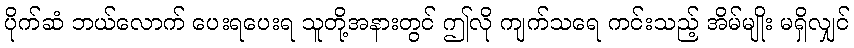
ပိုက်ဆံ ဘယ်လောက် ပေးရပေးရ သူတို့အနားတွင် ဤလို ကျက်သရေ ကင်းသည့် အိမ်မျိုး မရှိလျှင်